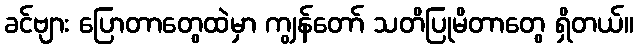
ခင်ဗျား ပြောတာတွေထဲမှာ ကျွန်တော် သတိပြုမိတာတွေ ရှိတယ်။